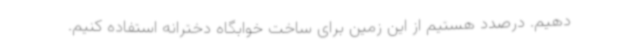
دهیم. درصدد هستیم از این زمین برای ساخت خوابگاه دخترانه استفاده کنیم.